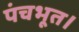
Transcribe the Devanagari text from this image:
पंचभूत।